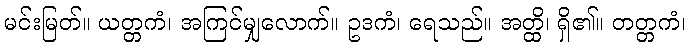
မင်းမြတ်။ ယတ္တကံ၊ အကြင်မျှလောက်။ ဥဒကံ၊ ရေသည်။ အတ္ထိ၊ ရှိ၏။ တတ္တကံ၊